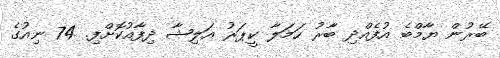
ބޭރުން ޔާމްބެ އުފެއްދި ބާރު ހަމަލާ ކީޕަރު އަލިޝާ ދިފާއުކޮށްފި. 74 ނިއުގެ